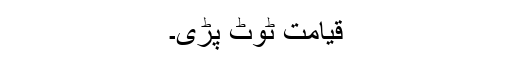
قیامت ٹوٹ پڑی۔